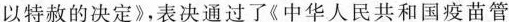
以特赦的决定》，表决通过了《中华人民共和国疫苗管